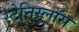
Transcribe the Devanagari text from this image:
स्टेनिस्लॉस